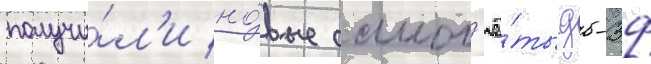
получи́л'и но́вые самол'ё́ты дб-3ф